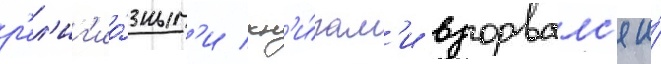
р'ел'иг'ио́зным'и кн'и́гам'и взорвалс'я и́